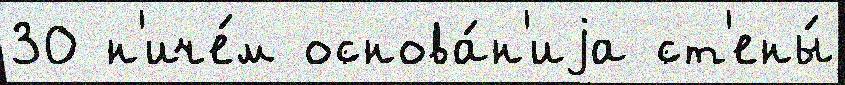
30 н'иче́м основа́н'иjа ст'ены́